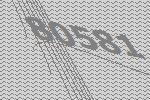
80581